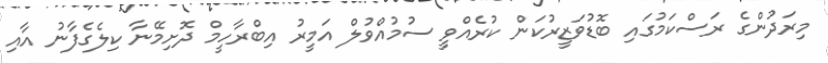
މިރަދުންގެ ރަސްކަމުގައި ބޮޑުވަޒީރުކަން ކުރެއްވީ ސުމުއްވުލް އަމީރު އިބްރާހީމް ދޮށިމޭނާ ކިލެގެފާނު އާއި